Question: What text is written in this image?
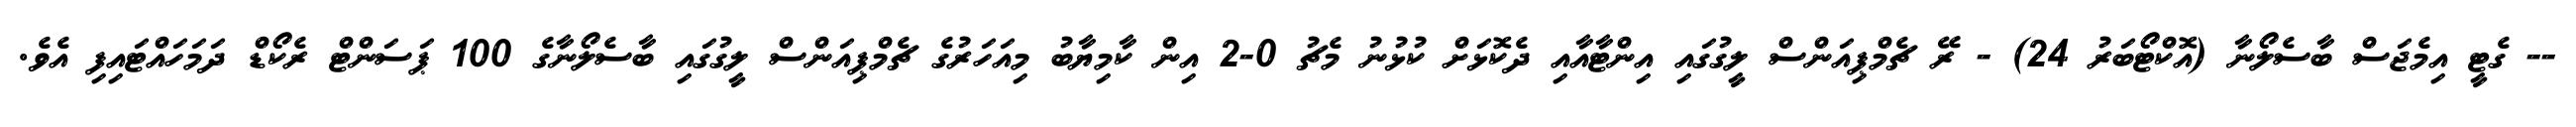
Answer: -- ގެޓީ އިމެޖަސް ބާސެލޯނާ (އޮކްޓޯބަރު 24) - ރޭ ޗެމްޕިއަންސް ލީގުގައި އިންޓާއާއި ދެކޮޅަށް ކުޅުނު މެޗު 0-2 އިން ކާމިޔާބު މިއަހަރުގެ ޗެމްޕިއަންސް ލީގުގައި ބާސެލޯނާގެ 100 ޕަސަންޓް ރެކޯޑް ދަމަހައްޓައިފި އެވެ.